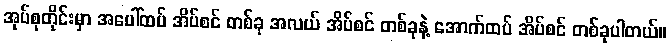
အုပ်စုတိုင်းမှာ အပေါ်ထပ် အိပ်စင် တစ်ခု အလယ် အိပ်စင် တစ်ခုနဲ့ အောက်ထပ် အိပ်စင် တစ်ခုပါတယ်။